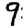
Digit: 9